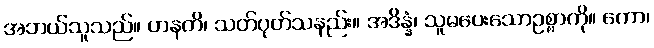
အဘယ်သူသည်။ ဟနတိ၊ သတ်ပုတ်သနည်း။ အဒိန္နံ၊ သူမပေးသောဥစ္စာကို။ ကော၊